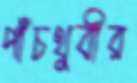
পাঁচথুবীর